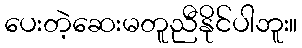
ပေးတဲ့ဆေးမတူညီနိုင်ပါဘူး။